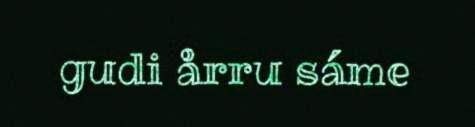
gudi årru sáme